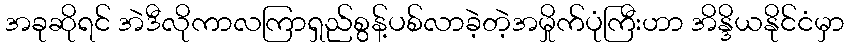
အခုဆိုရင် အဲဒီလိုကာလကြာရှည်စွန့်ပစ်လာခဲ့တဲ့အမှိုက်ပုံကြီးဟာ အိန္ဒိယနိုင်ငံမှာ